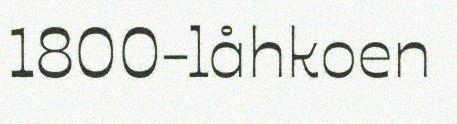
1800-låhkoen